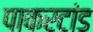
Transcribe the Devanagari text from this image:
पाकरटांड